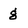
Character: g